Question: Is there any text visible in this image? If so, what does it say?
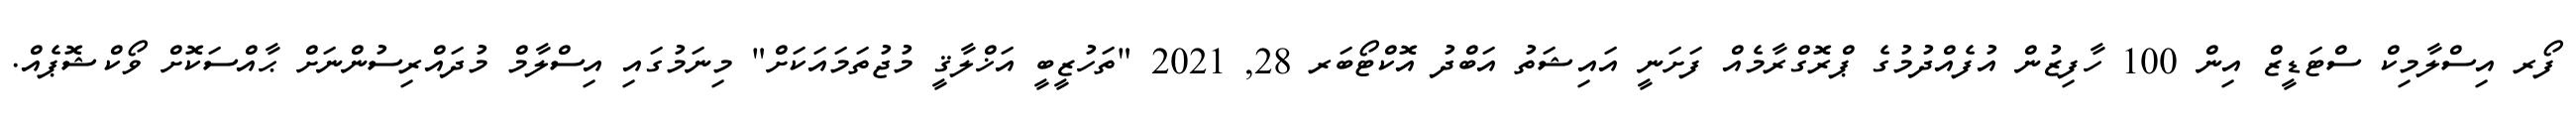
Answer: ފޯރ އިސްލާމިކް ސްޓަޑީޒް އިން 100 ހާފިޒުން އުފެއްދުމުގެ ޕްރޮގްރާމެއް ފަށަނީ އައިޝަތު އަބްދު އޮކްޓޯބަރ 28, 2021 "ތަހުޒީބީ އަޚްލާޤީ މުޖުތަމައަކަށް" މިނަމުގައި އިސްލާމް މުދައްރިސުންނަށް ޙާއްސަކޮށް ވޯކްޝޮޕެއް.